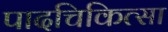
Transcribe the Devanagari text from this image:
पादचिकित्सा